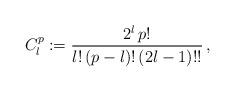
LaTeX: \begin{align*}C_l^p := { 2^l \, p! \over l! \, (p-l)! \, (2l-1)!! } \,,\end{align*}